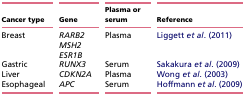
| Cancer type | Gene | Plasma or serum | Reference |
 | --- | --- | --- | --- |
 | Breast | RARB2 | Plasma | Liggett et al. (2011) |
 |  | MSH2 |  |  |
 |  | ESR1B |  |  |
 | Gastric | RUNX3 | Serum | Sakakura et al. (2009) |
 | Liver | CDKN2A | Plasma | Wong et al. (2003) |
 | Esophageal | APC | Serum | Hoffmann et al. (2009) |